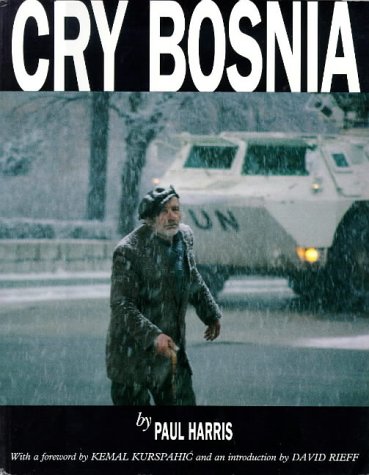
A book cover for Cry Bosnia; Paul Harris; Travel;